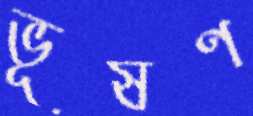
ভূষণ